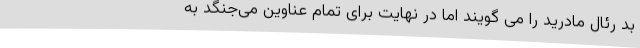
بد رئال مادرید را می گویند اما در نهایت برای تمام عناوین می‌جنگد به